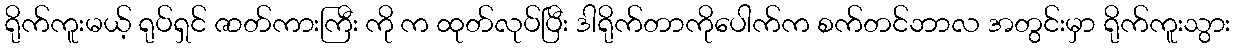
ရိုက်ကူးမယ့် ရုပ်ရှင် ဇာတ်ကားကြီး ကို က ထုတ်လုပ်ပြီး ဒါရိုက်တာကိုပေါက်က စက်တင်ဘာလ အတွင်းမှာ ရိုက်ကူးသွား